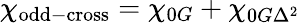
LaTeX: \chi_{\mathrm{odd-cross}}=\chi_{0G}+\chi_{0G\Delta^{2}}